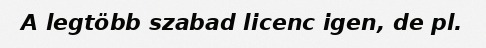
A legtöbb szabad licenc igen, de pl.